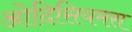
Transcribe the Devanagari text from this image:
ओदिसियमस